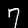
Digit: 7